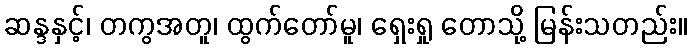
ဆန္ဒနှင့်၊ တကွအတူ၊ ထွက်တော်မူ၊ ရှေးရှု တောသို့ မြန်းသတည်း။